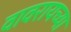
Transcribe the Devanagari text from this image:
वावरायच्या